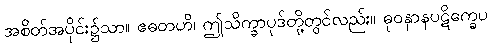
အစိတ်အပိုင်း၌သာ။ ဧဓတဟိ၊ ဤသိက္ခာပုဒ်တို့တွင်လည်း။ ဓုဝနှာနပဋိက္ခေပ